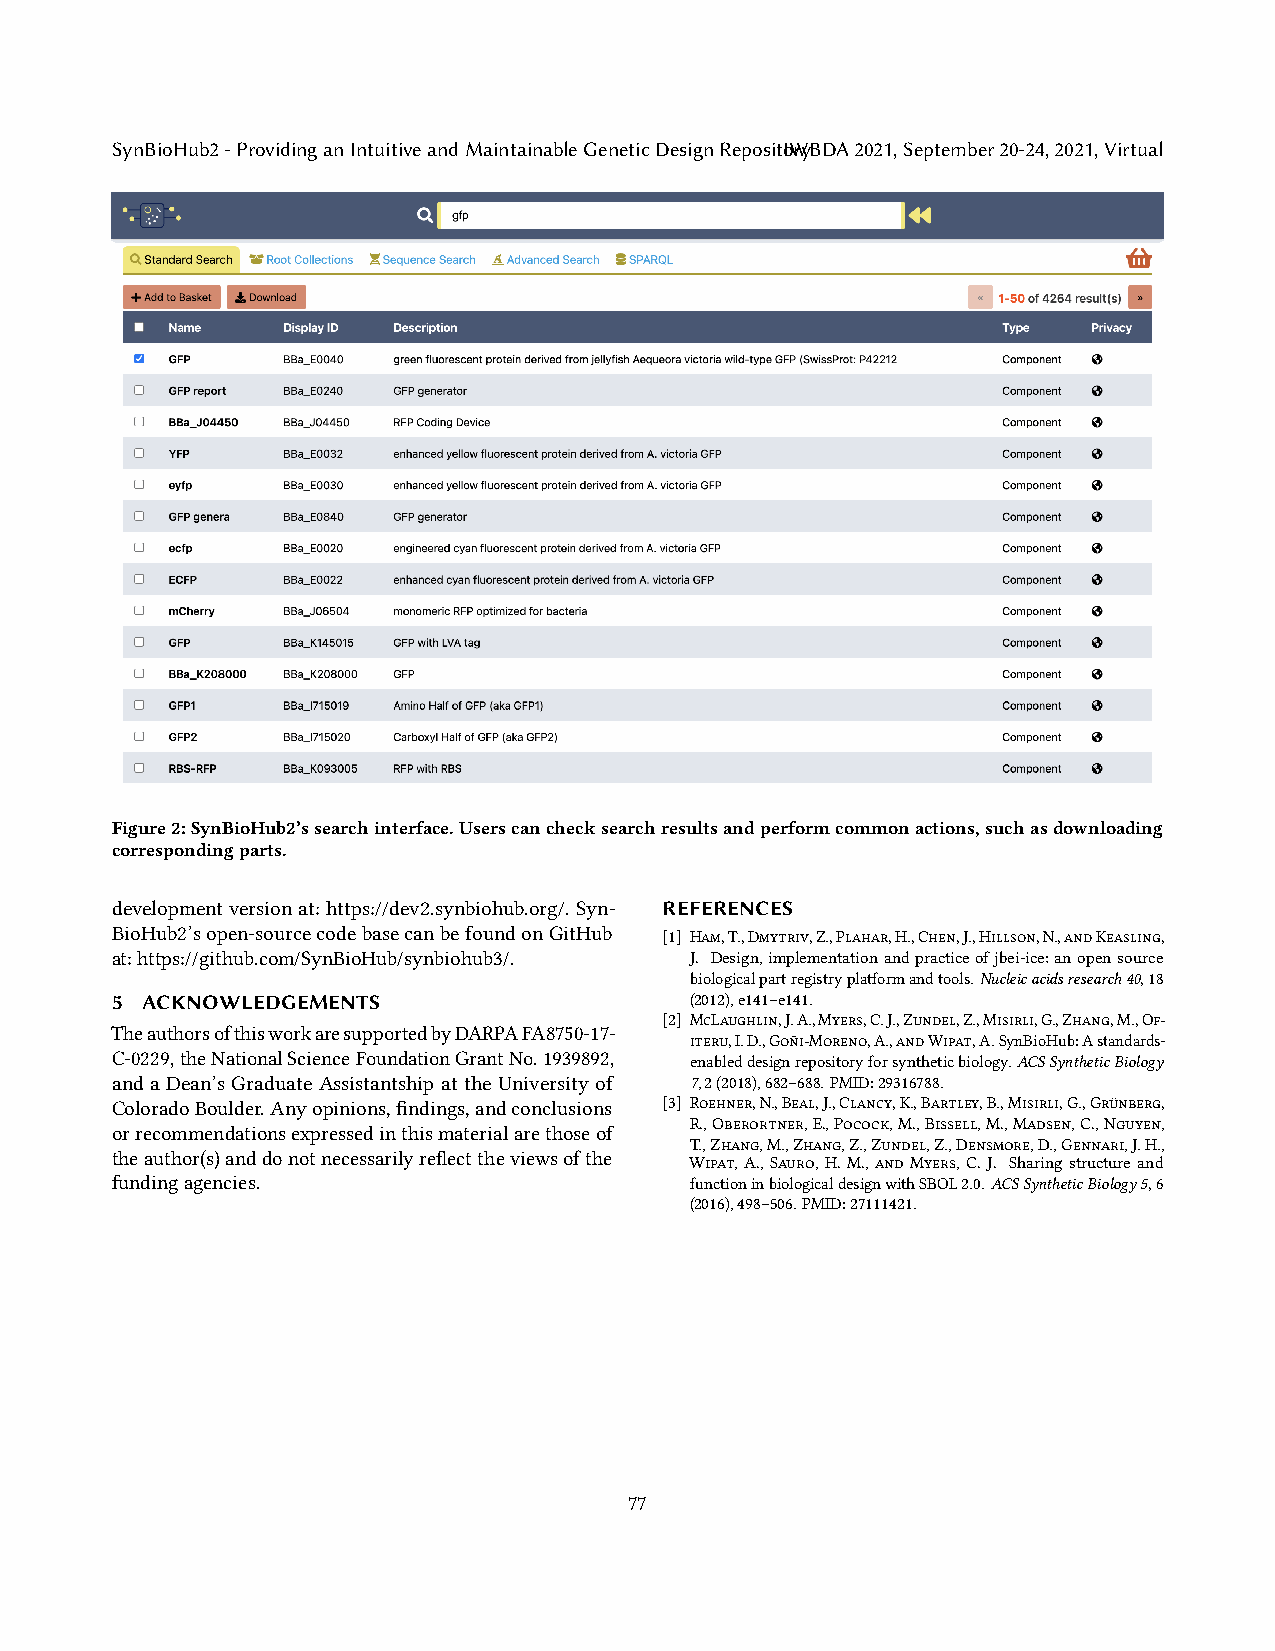
SynBioHub2-ProvidinganIntuitiveandMaintainableGeneticDesignRepositoIWryBDA2021,September20-24,2021,Virtual
 Figure2:SynBioHub2’ssearchinterface.Userscanchecksearchresultsandperformcommonactions,suchasdownloading
 correspondingparts.
 developmentversionat:https://dev2.synbiohub.org/.Syn- REFERENCES
 BioHub2’sopen-sourcecodebasecanbefoundonGitHub [1] Ham,T.,Dmytriv,Z.,Plahar,H.,Chen,J.,Hillson,N.,andKeasling,
 at:https://github.com/SynBioHub/synbiohub3/. J. Design,implementationandpracticeofjbei-ice:anopensource
 biologicalpartregistryplatformandtools.Nucleicacidsresearch40,18
 5 ACKNOWLEDGEMENTS                     (2012),e141–e141.
 [2] McLaughlin,J.A.,Myers,C.J.,Zundel,Z.,Misirli,G.,Zhang,M.,Of-
 TheauthorsofthisworkaresupportedbyDARPAFA8750-17-
 iteru,I.D.,Goñi-Moreno,A.,andWipat,A.SynBioHub:Astandards-
 C-0229,theNationalScienceFoundationGrantNo.1939892, enableddesignrepositoryforsyntheticbiology.ACSSyntheticBiology
 and a Dean’s Graduate Assistantship at the University of 7,2(2018),682–688.PMID:29316788.
 ColoradoBoulder.Anyopinions,findings,andconclusions [3] Roehner,N.,Beal,J.,Clancy,K.,Bartley,B.,Misirli,G.,Grünberg,
 R.,Oberortner,E.,Pocock,M.,Bissell,M.,Madsen,C.,Nguyen,
 orrecommendationsexpressedinthismaterialarethoseof
 T.,Zhang,M.,Zhang,Z.,Zundel,Z.,Densmore,D.,Gennari,J.H.,
 theauthor(s)anddonotnecessarilyreflecttheviewsofthe
 Wipat,A.,Sauro,H.M.,andMyers,C.J. Sharingstructureand
 fundingagencies.                       functioninbiologicaldesignwithSBOL2.0.ACSSyntheticBiology5,6
 (2016),498–506.PMID:27111421.
 77